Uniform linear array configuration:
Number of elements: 12
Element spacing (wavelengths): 0.75
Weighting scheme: uniform
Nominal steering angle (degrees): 15
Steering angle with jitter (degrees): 13.094
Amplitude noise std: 0.05
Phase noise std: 0.05

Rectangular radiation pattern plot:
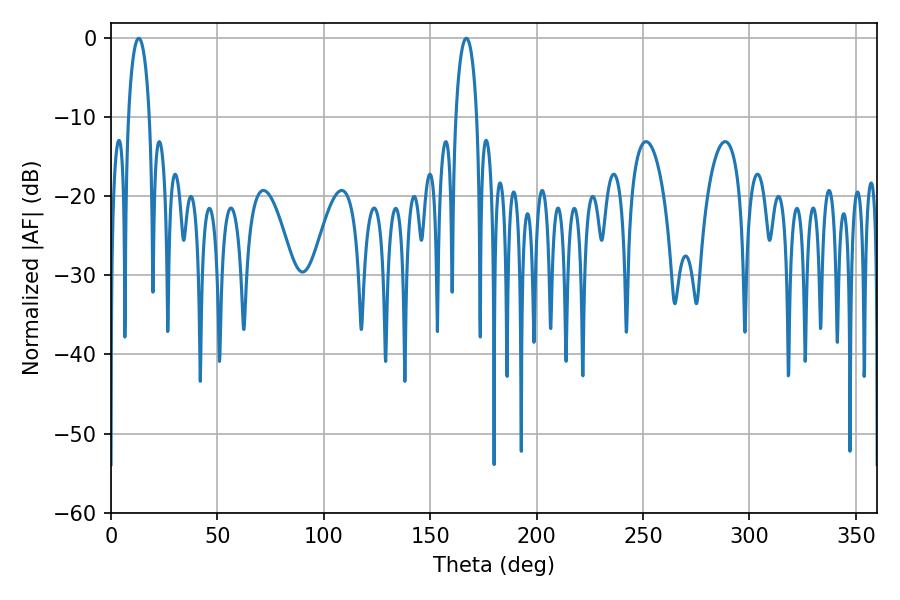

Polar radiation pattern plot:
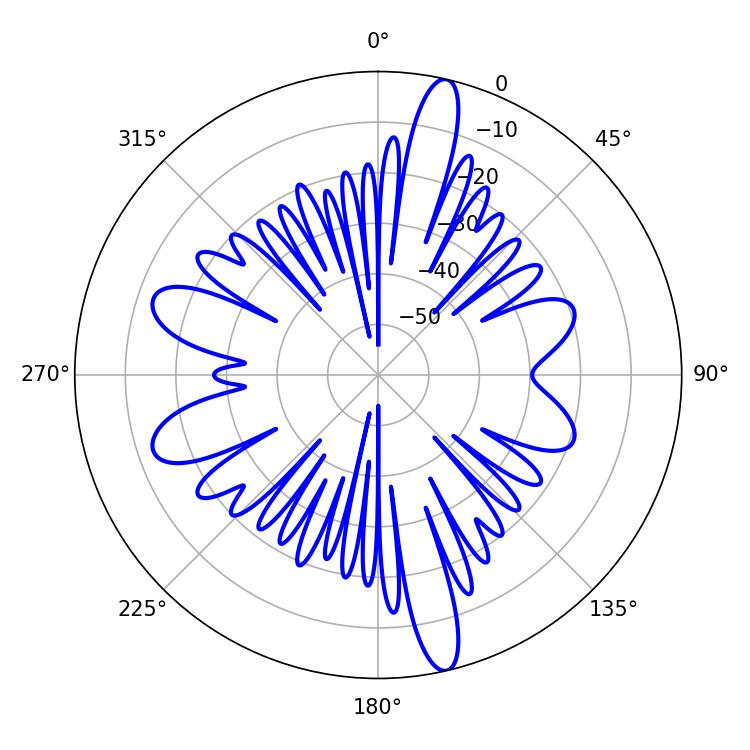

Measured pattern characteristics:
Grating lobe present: TRUE
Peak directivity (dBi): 17.596
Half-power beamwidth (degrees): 5.58
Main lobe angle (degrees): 12.96